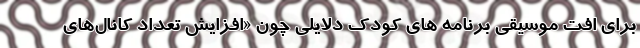
برای افت موسیقی‌ برنامه های کودک دلایلی چون «افزایش تعداد کانال‌های